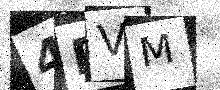
Text: 4RVM